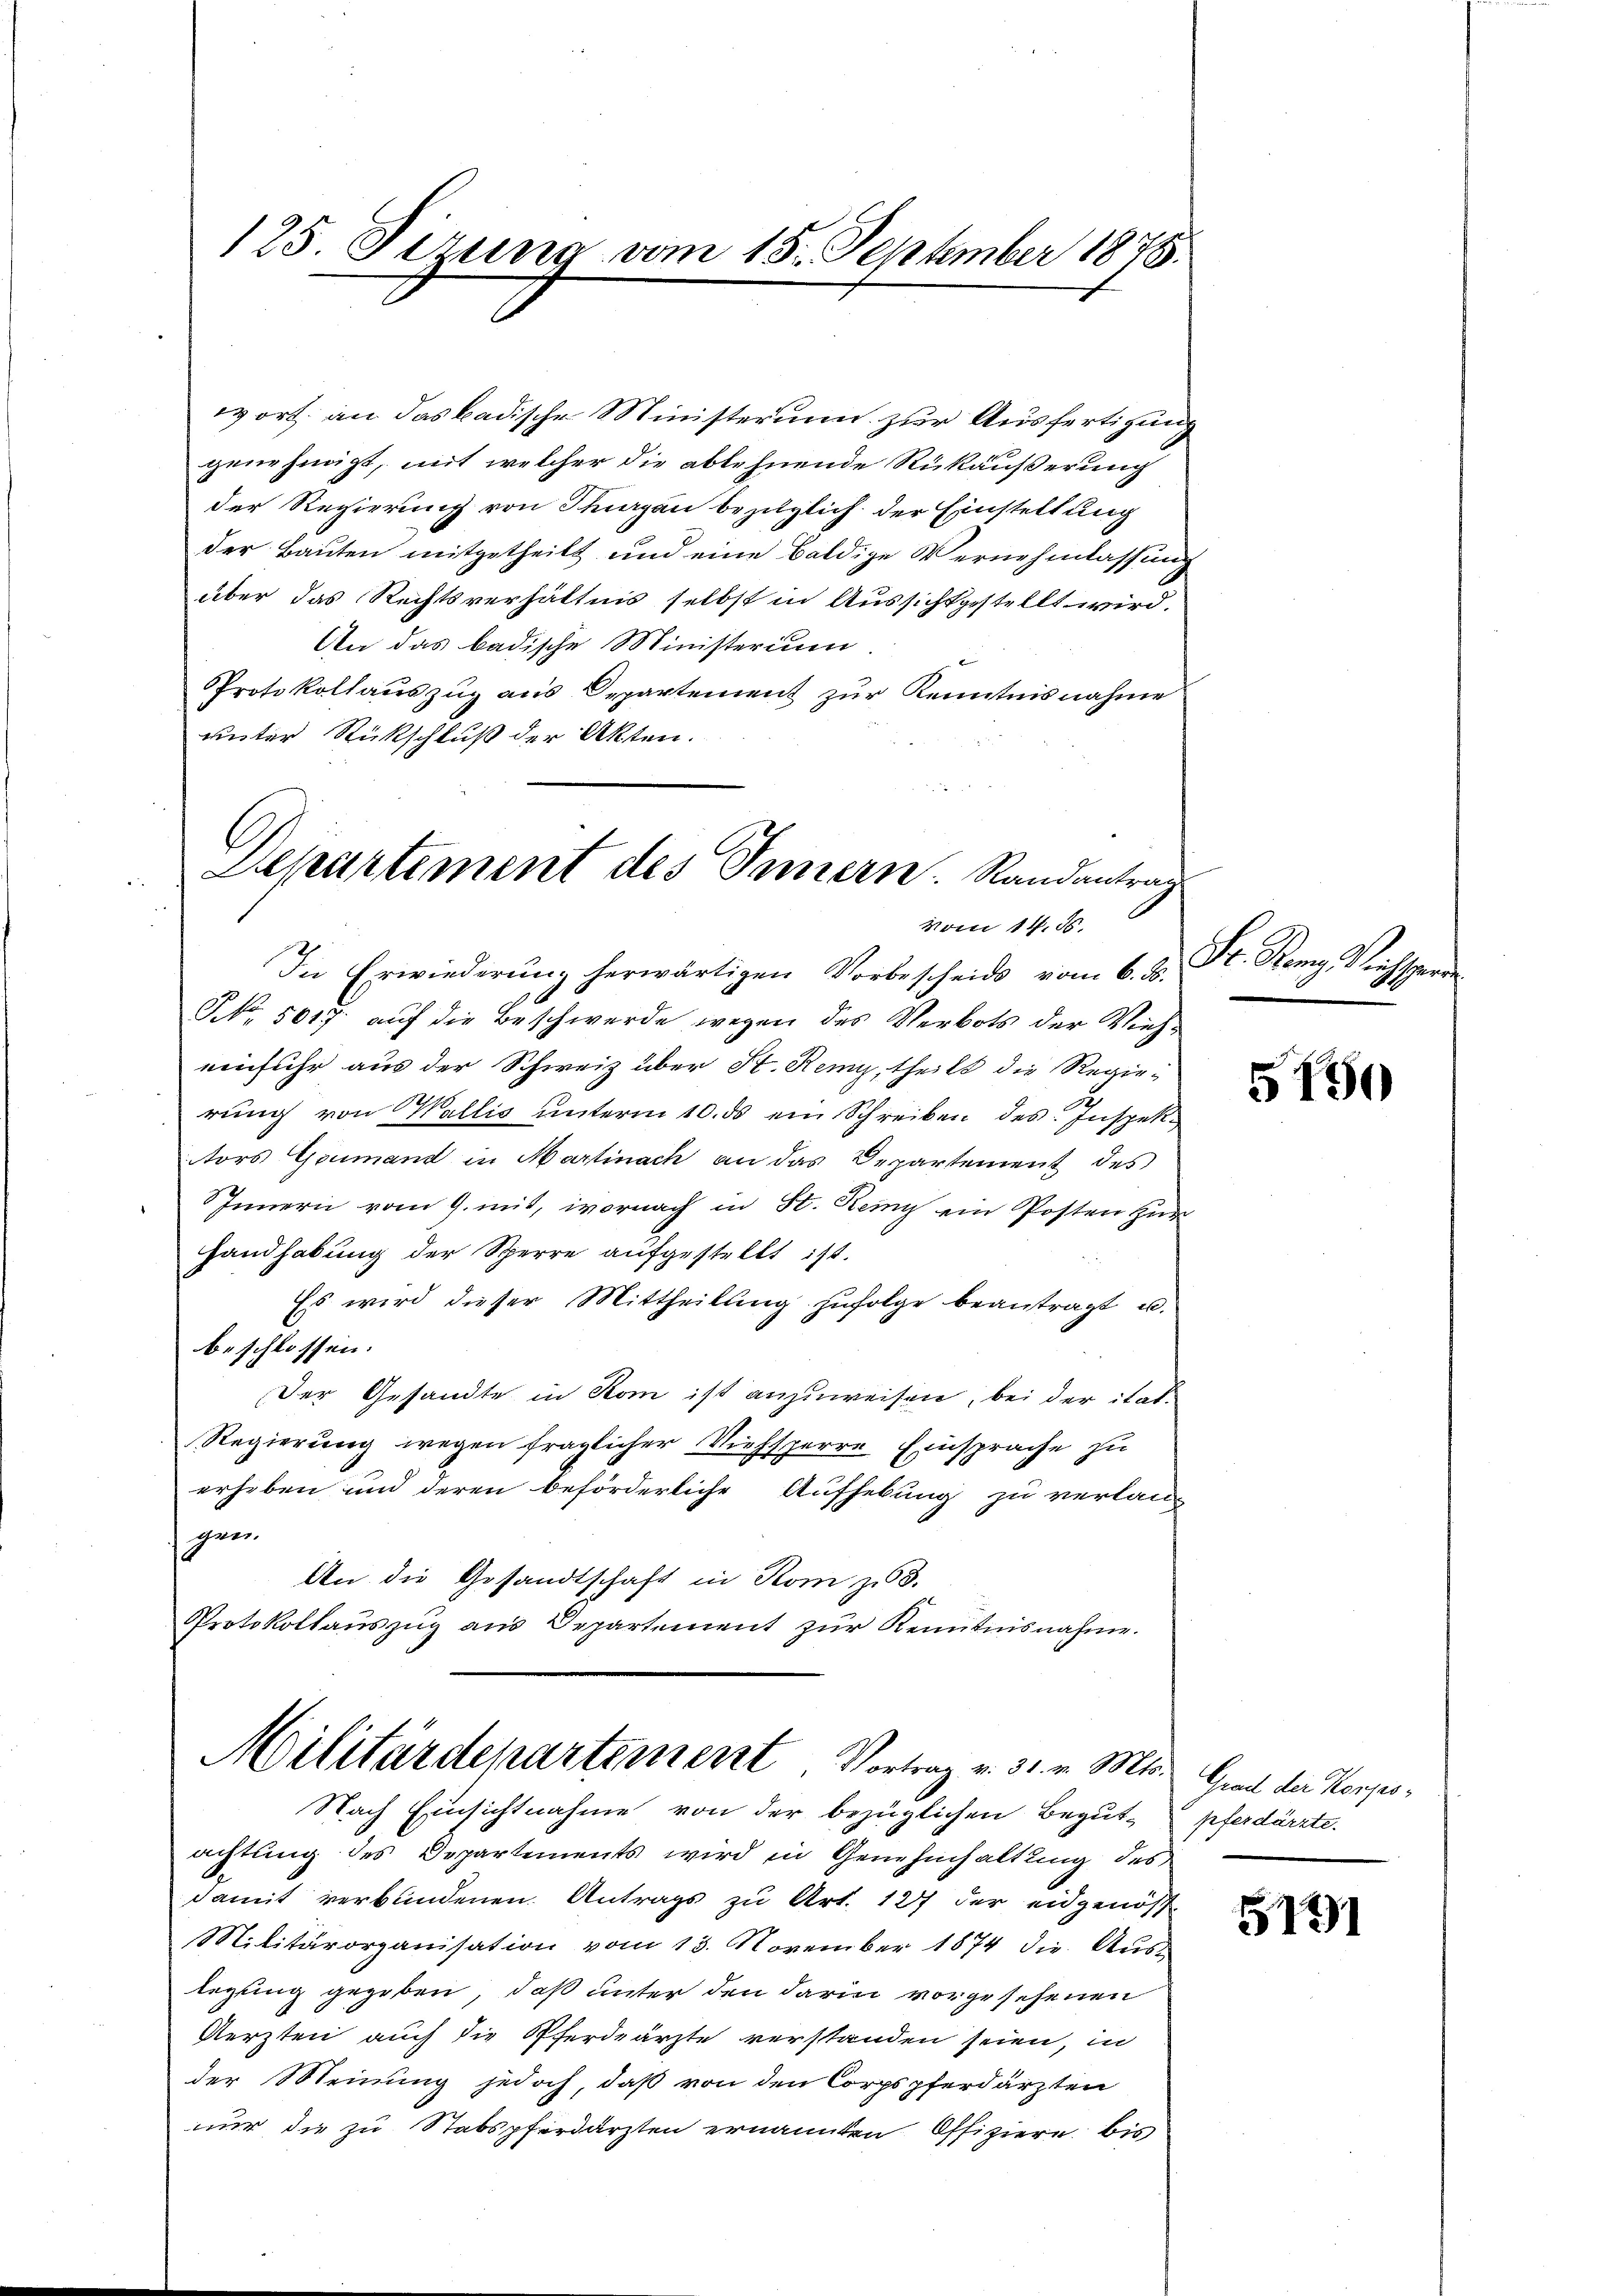
125. Sizung vom 15. September 1878.

wort an das badische Ministerium zur Ausfertigung
genehmigt, mit welcher die ablehnende Rückäußerung
der Regierung von Thurgau bezüglich der Einstellung
der Bauten mitgetheilt und eine Baldige Vernehmlassung
über das Rechtsverhältnis selbst in Aussichtgestellt wird.
An das badische Ministerium.
Protokollauszug aus Departement zur Kenntnisnahme
unter Rückschluß der Akten.
Departement des Innern. Randantrag

Vom 14. 55.

In Erwiederung herwärtigen Vorbescheids vom 6. ds.
NNo. 5017 auf die Beschwerde wegen des Verbots der Vieheinfuhr aus der Schweiz über St. Remy, theils die Regie-
rŭng von Wallis unterm 10. ds ein Schreiben des Inspektors Goumand in Martinach an das Departement des
SInnern vom 9. mit, wornach in St. Remy ein Posten Her
Handhabung der Sperre aufgestellt ist.
Es wird dieser Mittheilung zufolge beantragt u.
beschlossen:
Der Gesandte in Rom ist anzuweisen, bei der itat¬
Regierung wegen fraglicher Viehsperre Einsprache zu
erheben und deren beförderliche Aufhebung zu verlangen.
An die Gesandtschaft in Rom zu 3.
Protokollauszug aus Departement zur Kenntnisnahme.

Militärdepartement. Vortrag v. 31. v. Mts.
Nach Einsichtnahme von der bezüglichen Begut-

achtung des Departements wird in Genehmhaltung des
damit verbundenen Antrags zu Art. 127 der eidgenös-
Militärorganisation vom 13. November 1874 die Auslegung gegeben, daß unter den darin vorgesehenen
Aerzten auch die Pferdeärzte verstanden seien, in
der Meinung jedoch, daß von den Corpspferdärzten
nur die zu Stabspferdarzten ernannten Offiziere bis

Sr. Kann Richtsper

5150

Grad der Korps.
pferdärzte.

12